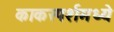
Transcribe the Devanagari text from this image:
काकस्पर्शमध्ये